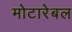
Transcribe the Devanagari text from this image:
मोटारेबल